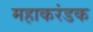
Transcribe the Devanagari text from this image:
महाकरंडक